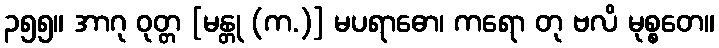
၃၅၅။ အာဂု ဝုတ္တ [မန္တု (က.)] မပရာဓော၊ ကရော တု ဗလိ မုစ္စတေ။